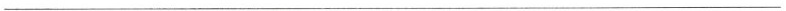
___